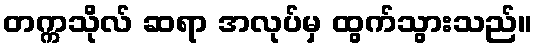
တက္ကသိုလ် ဆရာ အလုပ်မှ ထွက်သွားသည်။